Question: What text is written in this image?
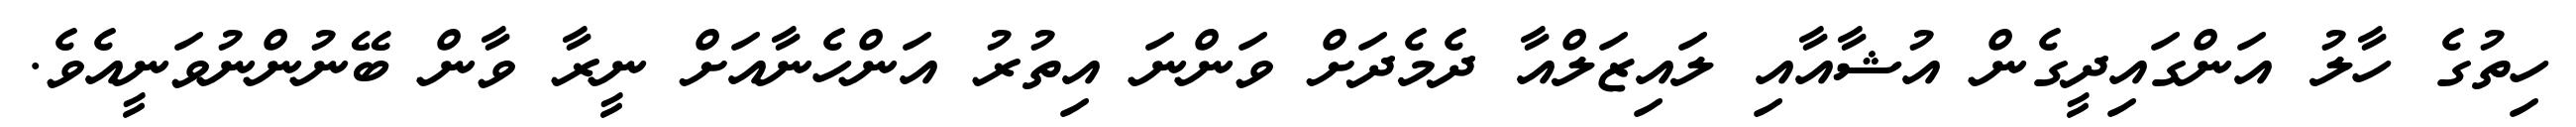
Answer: ހިތުގެ ހާލު އަންގައިދީގެން އުޝާއާއި ލައިޒަލްއާ ދެމެދަށް ވަންނަ އިތުރު އަންހެނާއަށް ނީރާ ވާން ބޭނުންނުވަނީއެވެ.